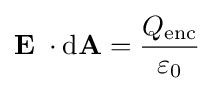
\mathbf {E} \;\cdot \mathrm {d} \mathbf {A} ={\frac {Q_{\text{enc}}}{\varepsilon _{0}}}